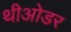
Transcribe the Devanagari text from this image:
थीओडर